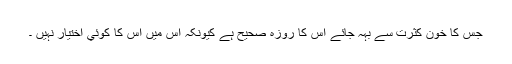
جس کا خون کثرت سے بہہ جائے اس کا روزہ صحیح ہے کیونکہ اس میں اس کا کوئي اختیار نہيں ۔